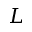
L